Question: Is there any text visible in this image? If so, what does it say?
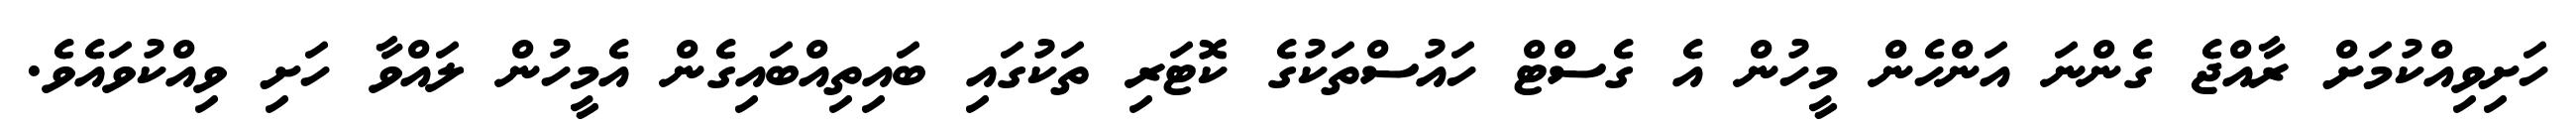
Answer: ހަށިވިއްކުމަށް ރާއްޖެ ގެންނަ އަންހެން މީހުން އެ ގެސްޓް ހައުސްތަކުގެ ކޮޓަރި ތަކުގައި ބައިތިއްބައިގެން އެމީހުން ލައްވާ ހަށި ވިއްކުވައެވެ.